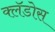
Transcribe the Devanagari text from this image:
क्लॅडोस